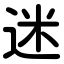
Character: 迷